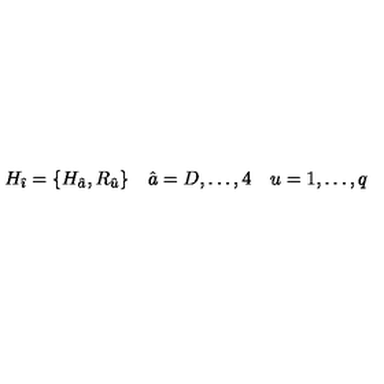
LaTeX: H _ { \hat { \imath } } = \{ H _ { \hat { a } } , R _ { \hat { u } } \} \quad \hat { a } = D , \dots , 4 \quad u = 1 , \dots , q